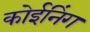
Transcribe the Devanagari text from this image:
कोईनिंग